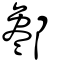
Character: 酁